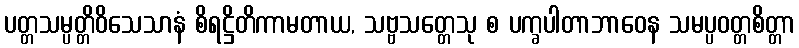
ပတ္တသမ္ပတ္တိဝိသေသာနံ စိရဋ္ဌိတိကာမတာယ, သဗ္ဗသတ္တေသု စ ပက္ခပါတာဘာဝေန သမပ္ပဝတ္တစိတ္တာ